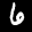
Label: 6